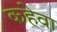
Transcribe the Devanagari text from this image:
कहेवा